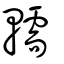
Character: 轜